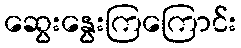
ဆွေးနွေးကြကြောင်း